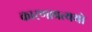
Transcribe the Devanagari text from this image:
कारण।प्रत्ययो